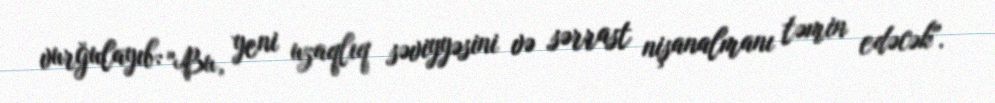
vurğulayıb: "Bu, yeni uzaqlıq səviyyəsini və sərrast nişanalmanı təmin edəcək".